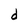
Character: d